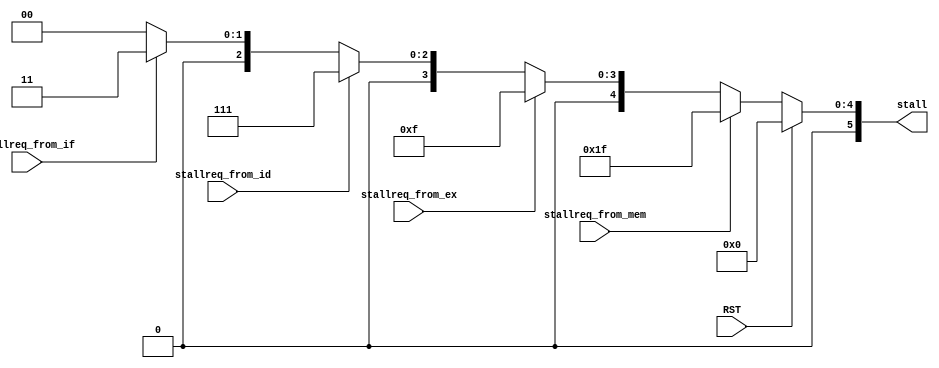
module ctrl(
	input RST,

	input stallreq_from_if,
	input stallreq_from_id,
	input stallreq_from_ex,
	input stallreq_from_mem,
	output reg[5:0] stall
);
	always @ (*) begin
		if(RST == 1) begin
			stall <= 6'b000000;
		end else if (stallreq_from_mem == 1) begin
			stall <= 6'b011111;  
		end else if (stallreq_from_ex == 1) begin
			stall <= 6'b001111;
		end else if (stallreq_from_id == 1) begin
			stall <= 6'b000111;
		end else if (stallreq_from_if == 1) begin
			stall <= 6'b000011;
		end else begin
			stall <= 6'b000000;
		end
	end
endmodule